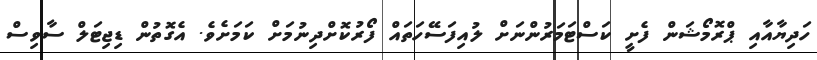
ހަދިޔާއާއި ޕްރޮމޯޝަން ފެށީ ކަސްޓަމަރުންނަށް ލުއިފަސޭހަތައް ފޯރުކޮށްދިނުމަށް ކަމަށެވެ. އެގޮތުން ޑިޖިޓަލް ސާވިސް